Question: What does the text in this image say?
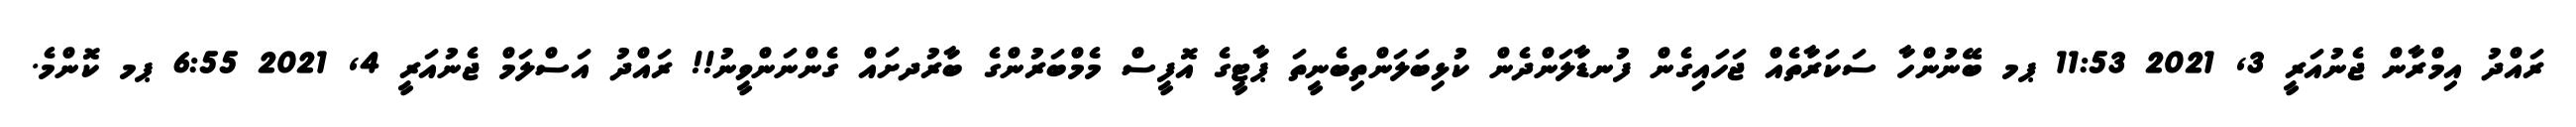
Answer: ރައްދު އިމްރާން ޖެނުއަރީ 3, 2021 11:53 ޕމ ބޭނުންހާ ސަކަރާތެއް ޖަހައިގެން ފުނޑާލަންދެން ކުޅިބަލަންތިބެނީތަ ޕާޓީގެ އޮފީސް މެމްބަރުންގެ ބާރުދށައް ގެންނަންވީނު!! ރައްދު އަސްލަމް ޖެނުއަރީ 4, 2021 6:55 ޕމ ކޮންމެ.